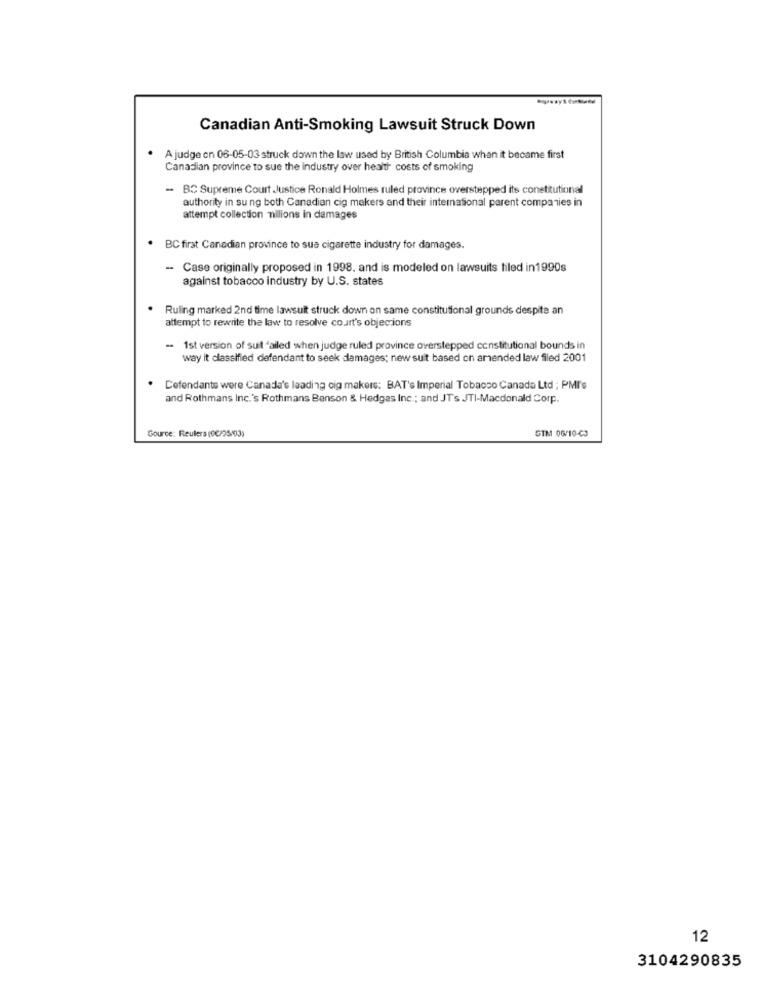
Canadian Anti-Smoking Lawsuit Struck Down
A judge on 06-05-03 struck down the law used by British Columbia when it became first
Canadian province to sue the industry over health costs of smoking
- BC Supreme Court Justice Ronald Holmes ruled province overstepped its constitutional
authority in su ng both Canadian cig makers and their international parent companies in
attempt collection milions in damages
BC first Canadian province to sue cigarette industry for damages.
- Case originally proposed in 1998. and is modeled on lawsuits filed in1990s
against tobacco industry by U.S. states
Ruling marked 2nd time lawsuit struck down on same constitutional grounds despite an
attempt to rewrite the law to resolve court's objecions
. 1st version of suit "ailed when judge ruled province overstepped constitutional bounds in
way it classified defendant to seek damages; new suit based on amended law filed 2001
Defendants were Canada's leading cig makers: BAT's Imperial Tobacco Canada Ltd ; PMI's
and Rothmans Inc.'s Rothmans Benson & Hedges Inc .; and JT's JTI-Macdonald Corp.
STM 06/10-43
Gource: Reuters (00/25/03)
12
3104290835